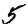
Digit: 5